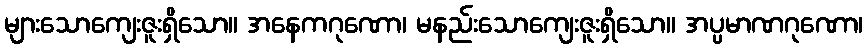
များသောကျေးဇူးရှိသော။ အနေကဂုဏော၊ မနည်းသောကျေးဇူးရှိသော။ အပ္ပမာဏဂုဏော၊